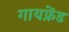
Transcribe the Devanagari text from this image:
गायफ्रेंड